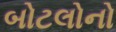
બોટલોનો